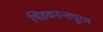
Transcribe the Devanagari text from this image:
थिरुवनन्तपुरम